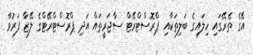
އޭގެ ތެރޭގައި ހިލައިގެ ބަލިތަކާއި ޕްރޮސްޓްރޭޓް ސާޖަރީތައް އަދި ޕްރޮސްޓްރޭޓްގެ ލޭޒާ ފަރުވާ